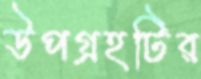
উপগ্রহটির